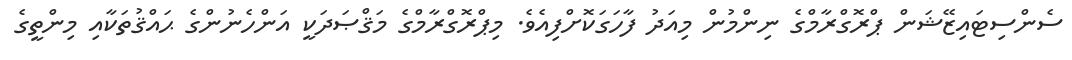
ސެންސިޓައިޒޭޝަން ޕްރޮގްރާމްގެ ނިންމުން މިއަދު ފާހަގަކޮށްފިއެވެ. މިޕްރޮގްރާމްގެ މަޤްޞަދަކީ އަންހެނުންގެ ޙައްޤުތަކާއި މިންތީގެ